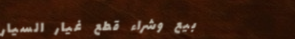
بيع وشراء قطع غيار السيار